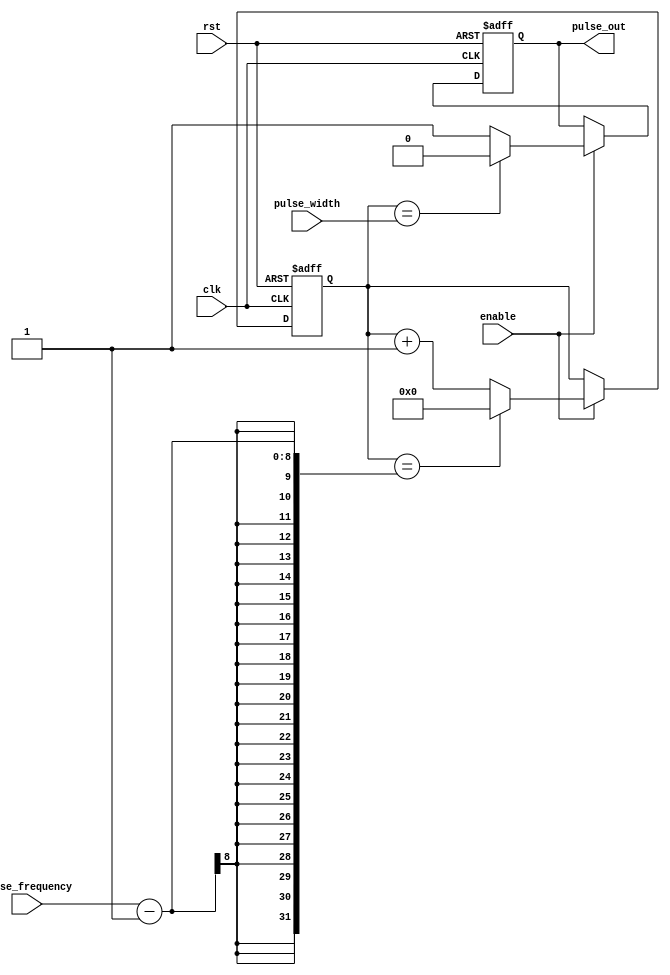
module simple_pulse_generator (
  input wire clk, // Clock input
  input wire rst, // Reset input
  input wire enable, // Enable input
  input wire [7:0] pulse_width, // Pulse width input
  input wire [7:0] pulse_frequency, // Pulse frequency input
  output reg pulse_out // Pulse output
);

reg [7:0] counter = 8'd0; // Counter to control pulse timing

always @(posedge clk or posedge rst) begin
  if (rst) begin
    counter <= 8'd0;
    pulse_out <= 1'b0;
  end else if (enable) begin
    if (counter == pulse_width) begin
      pulse_out <= 1'b0;
    end else begin
      pulse_out <= 1'b1;
    end
    
    if (counter == pulse_frequency - 1) begin
      counter <= 8'd0;
    end else begin
      counter <= counter + 1;
    end
  end
end

endmodule